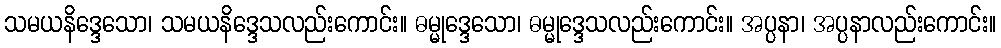
သမယနိဒ္ဒေသော၊ သမယနိဒ္ဒေသလည်းကောင်း။ ဓမ္မုဒ္ဒေသော၊ ဓမ္မုဒ္ဒေသလည်းကောင်း။ အပ္ပနာ၊ အပ္ပနာလည်းကောင်း။